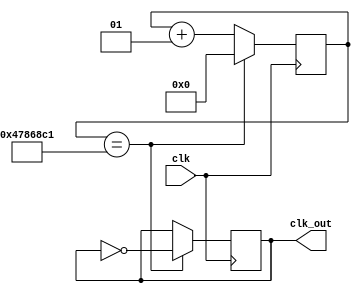
module clock_divider_3sn(input clk, output reg clk_out);

integer c ;
integer max ;
initial begin 
c = 0 ;
max = 75000001 ;
clk_out = 0 ;
end 
always @(posedge clk) begin

c <= c + 1 ;

if (c == max) begin 
// in the 75000001 positive edge of clk we are giving positive edge clock out in that way we can achive 3sn clock
clk_out = ~clk_out ;
c <= 0 ;
end 
end 
endmodule